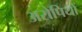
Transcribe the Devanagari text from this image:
अरोपियों